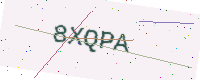
Text: 8XQPA